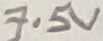
Text: 7.5V